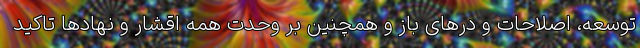
توسعه، اصلاحات و درهای باز و همچنین بر وحدت همه اقشار و نهادها تاکید